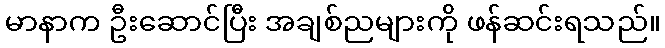
မာနာက ဦးဆောင်ပြီး အချစ်ညများကို ဖန်ဆင်းရသည်။